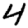
Digit: 4